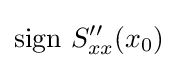
{\text{sign }}S_{xx}''(x_{0})